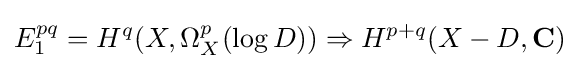
E_{1}^{pq}=H^{q}(X,\Omega _{X}^{p}(\log D))\Rightarrow H^{p+q}(X-D,\mathbf {C} )